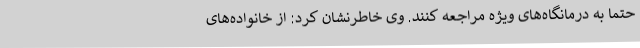
حتما به درمانگاه‌های ویژه مراجعه کنند. وی خاطرنشان کرد: از خانواده‌های